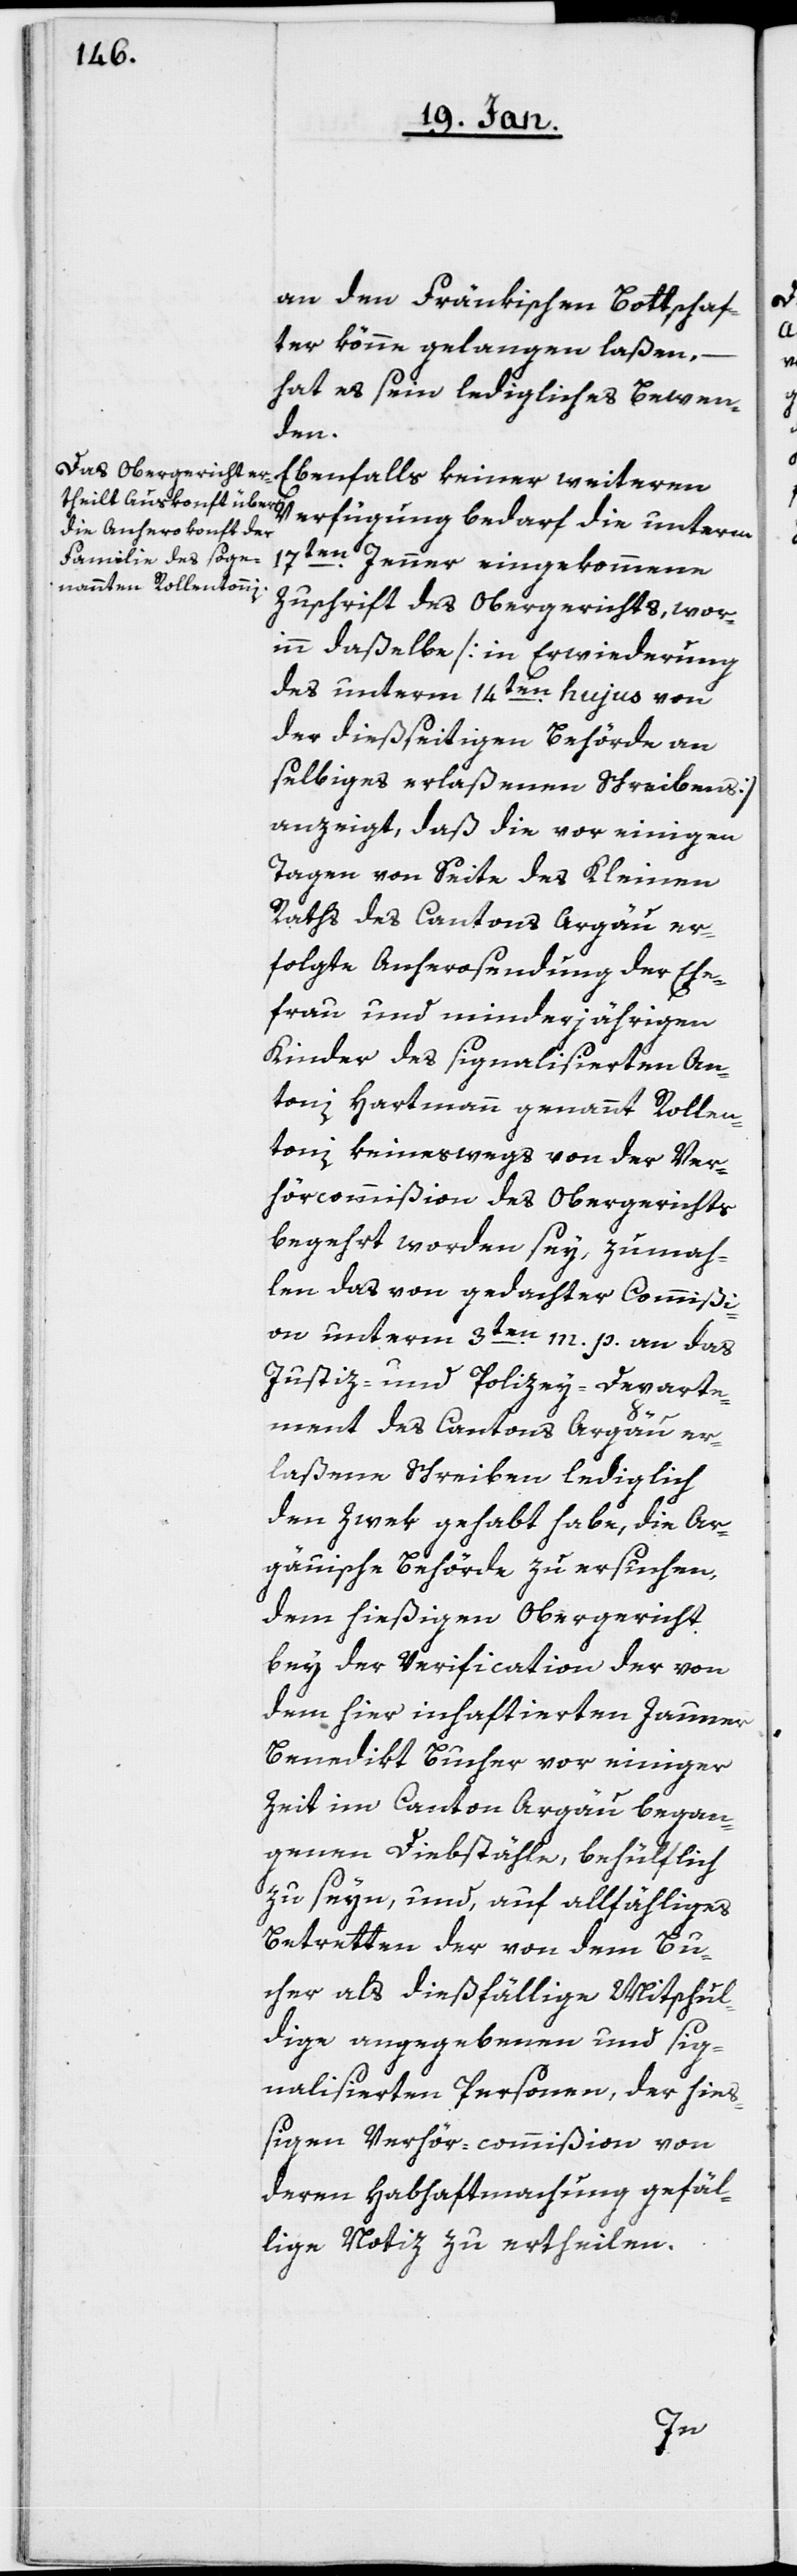
an den Fränkischen Bottschaf¬
ter könne gelangen laßen,
hat es sein ledigliches Bewen¬
den.
Ebenfalls keiner weiteren
Verfügung bedarf die unterm
17ten. Jenner eingekommene
Zuschrift des Obergerichts, wor¬
in daßelbe [in Erwiderung
des unterm 14ten. hujus von
der dießseitigen Behörde an
selbiges erlaßenen Schreibens]
anzeigt, daß die vor einigen
Tagen von Seite des Kleinen
Raths des Cantons Aargäu er¬
folgte Anherosendung der Ehe¬
frau und minderjährigen
Kinder des signalisierten An¬
toni Hartmann, genannt Rollen¬
toni, keineswegs von der Ver¬
hörcommißion des Obergerichts
begehrt worden sey, zumah¬
len das von gedachter Commißi¬
on unterm 3ten. m. p. an das
Justiz- und Polizey-Departe¬
ment des Cantons Aargäu er¬
laßene Schreiben lediglich
den Zwek gehabt habe, die Ar¬
gäuische Behörde zu ersuchen,
dem hießigen Obergericht
bey der Verification der von
dem hier inhaftierten Jauner
Benedikt Bucher vor einiger
Zeit im Canton Argäu began¬
genen Diebstähle, behülflich
zu seyn, und, auf allfähliges
Betretten der von dem Bu¬
cher als dießfällige Mitschul¬
dige angegebenen und sig¬
nalisierten Personen, der hieß¬
igen Verhör-commißion von
deren Habhaftmachung gefäl¬
lige Notiz zu ertheilen.